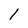
Character: 1